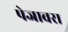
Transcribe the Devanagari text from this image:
पेजावरा